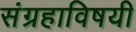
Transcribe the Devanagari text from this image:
संग्रहाविषयी